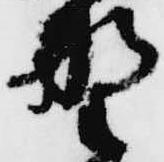
野